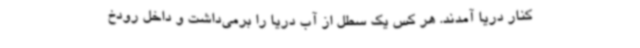
کنار دریا آمدند. هر کس یک سطل از آب دریا را برمی‌داشت و داخل رودخ